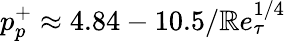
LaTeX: p_{p}^{+}\approx4.84-10.5/\mathbb{R}e_{\tau}^{1/4}